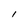
Character: I